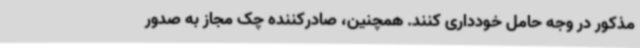
مذکور در وجه حامل خودداری کنند. همچنین، صادرکننده چک مجاز به صدور